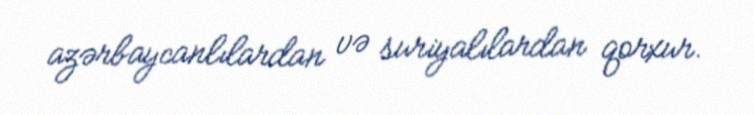
azərbaycanlılardan və suriyalılardan qorxur.